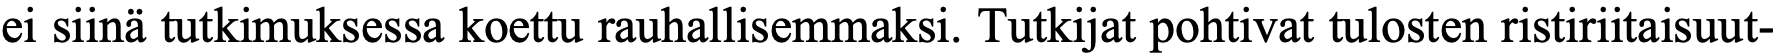
ei siinä tutkimuksessa koettu rauhallisemmaksi. Tutkijat pohtivat tulosten ristiriitaisuut-